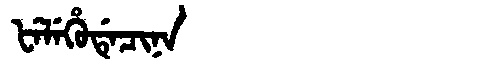
Manchu: ᡶᡝᠯᡝᡥᡠᡩᡝᠴᡳᠨᠠ
Romanization: FELEHUDECINA